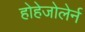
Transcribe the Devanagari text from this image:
होहेजोलेर्न